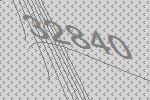
32840